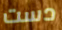
دست